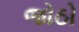
જોઠો